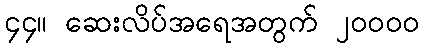
၄၄။ ဆေးလိပ်အရေအတွက် ၂၀၀၀၀